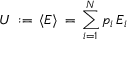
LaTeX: U \, : = \, \langle E \rangle \, = \, \sum _ { i = 1 } ^ { N } p _ { i } \, E _ { i }